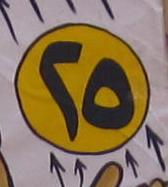
٢ ٥